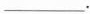
___.